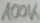
Text: 100K